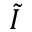
\tilde { I }